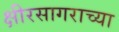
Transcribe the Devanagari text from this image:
क्षीरसागराच्या